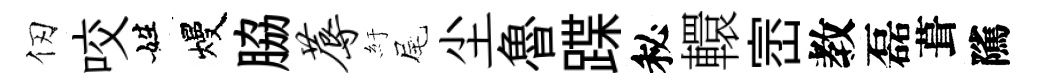
仞咬姓熳脇蓐紆尾尘魯蹀秘轘崈教磊葺隲